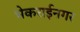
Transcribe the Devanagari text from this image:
भेकराईनगर